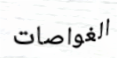
الغواصات